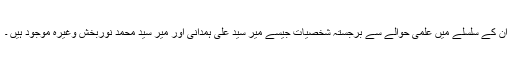
ان کے سلسلے میں علمی حوالے سے برجستہ شخصیات جیسے میر سید علی ہمدانی اور میر سید محمد نوربخش وغیرہ موجود ہیں ۔